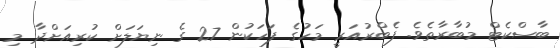
ބާސްކެޓް މުބާރާތެވެ. ފެބްރުއަރީ މަހުގެ ފަހަކުން 27 ގެ ނިޔަލަށް ކުރިއަށްދާ މި